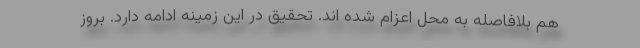
هم بلافاصله به محل اعزام شده اند. تحقیق در این زمینه ادامه دارد. بروز